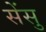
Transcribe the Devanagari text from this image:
सेंसु